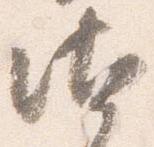
汰